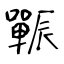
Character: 辴